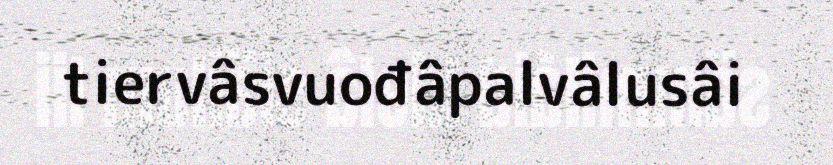
tiervâsvuođâpalvâlusâi